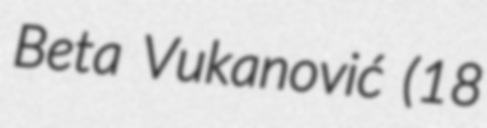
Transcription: Beta Vukanović (18